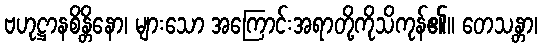
ဗဟုဋ္ဌာနစိန္တိနော၊ များသော အကြောင်းအရာတို့ကိုသိကုန်၏။ တေသန္တာ၊